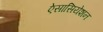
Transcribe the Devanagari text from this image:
ऐसासियेशन